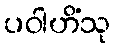
ပဝါဟိံသု